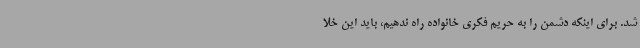
شد. برای اینکه دشمن را به حریم فکری خانواده راه ندهیم، باید این خلا